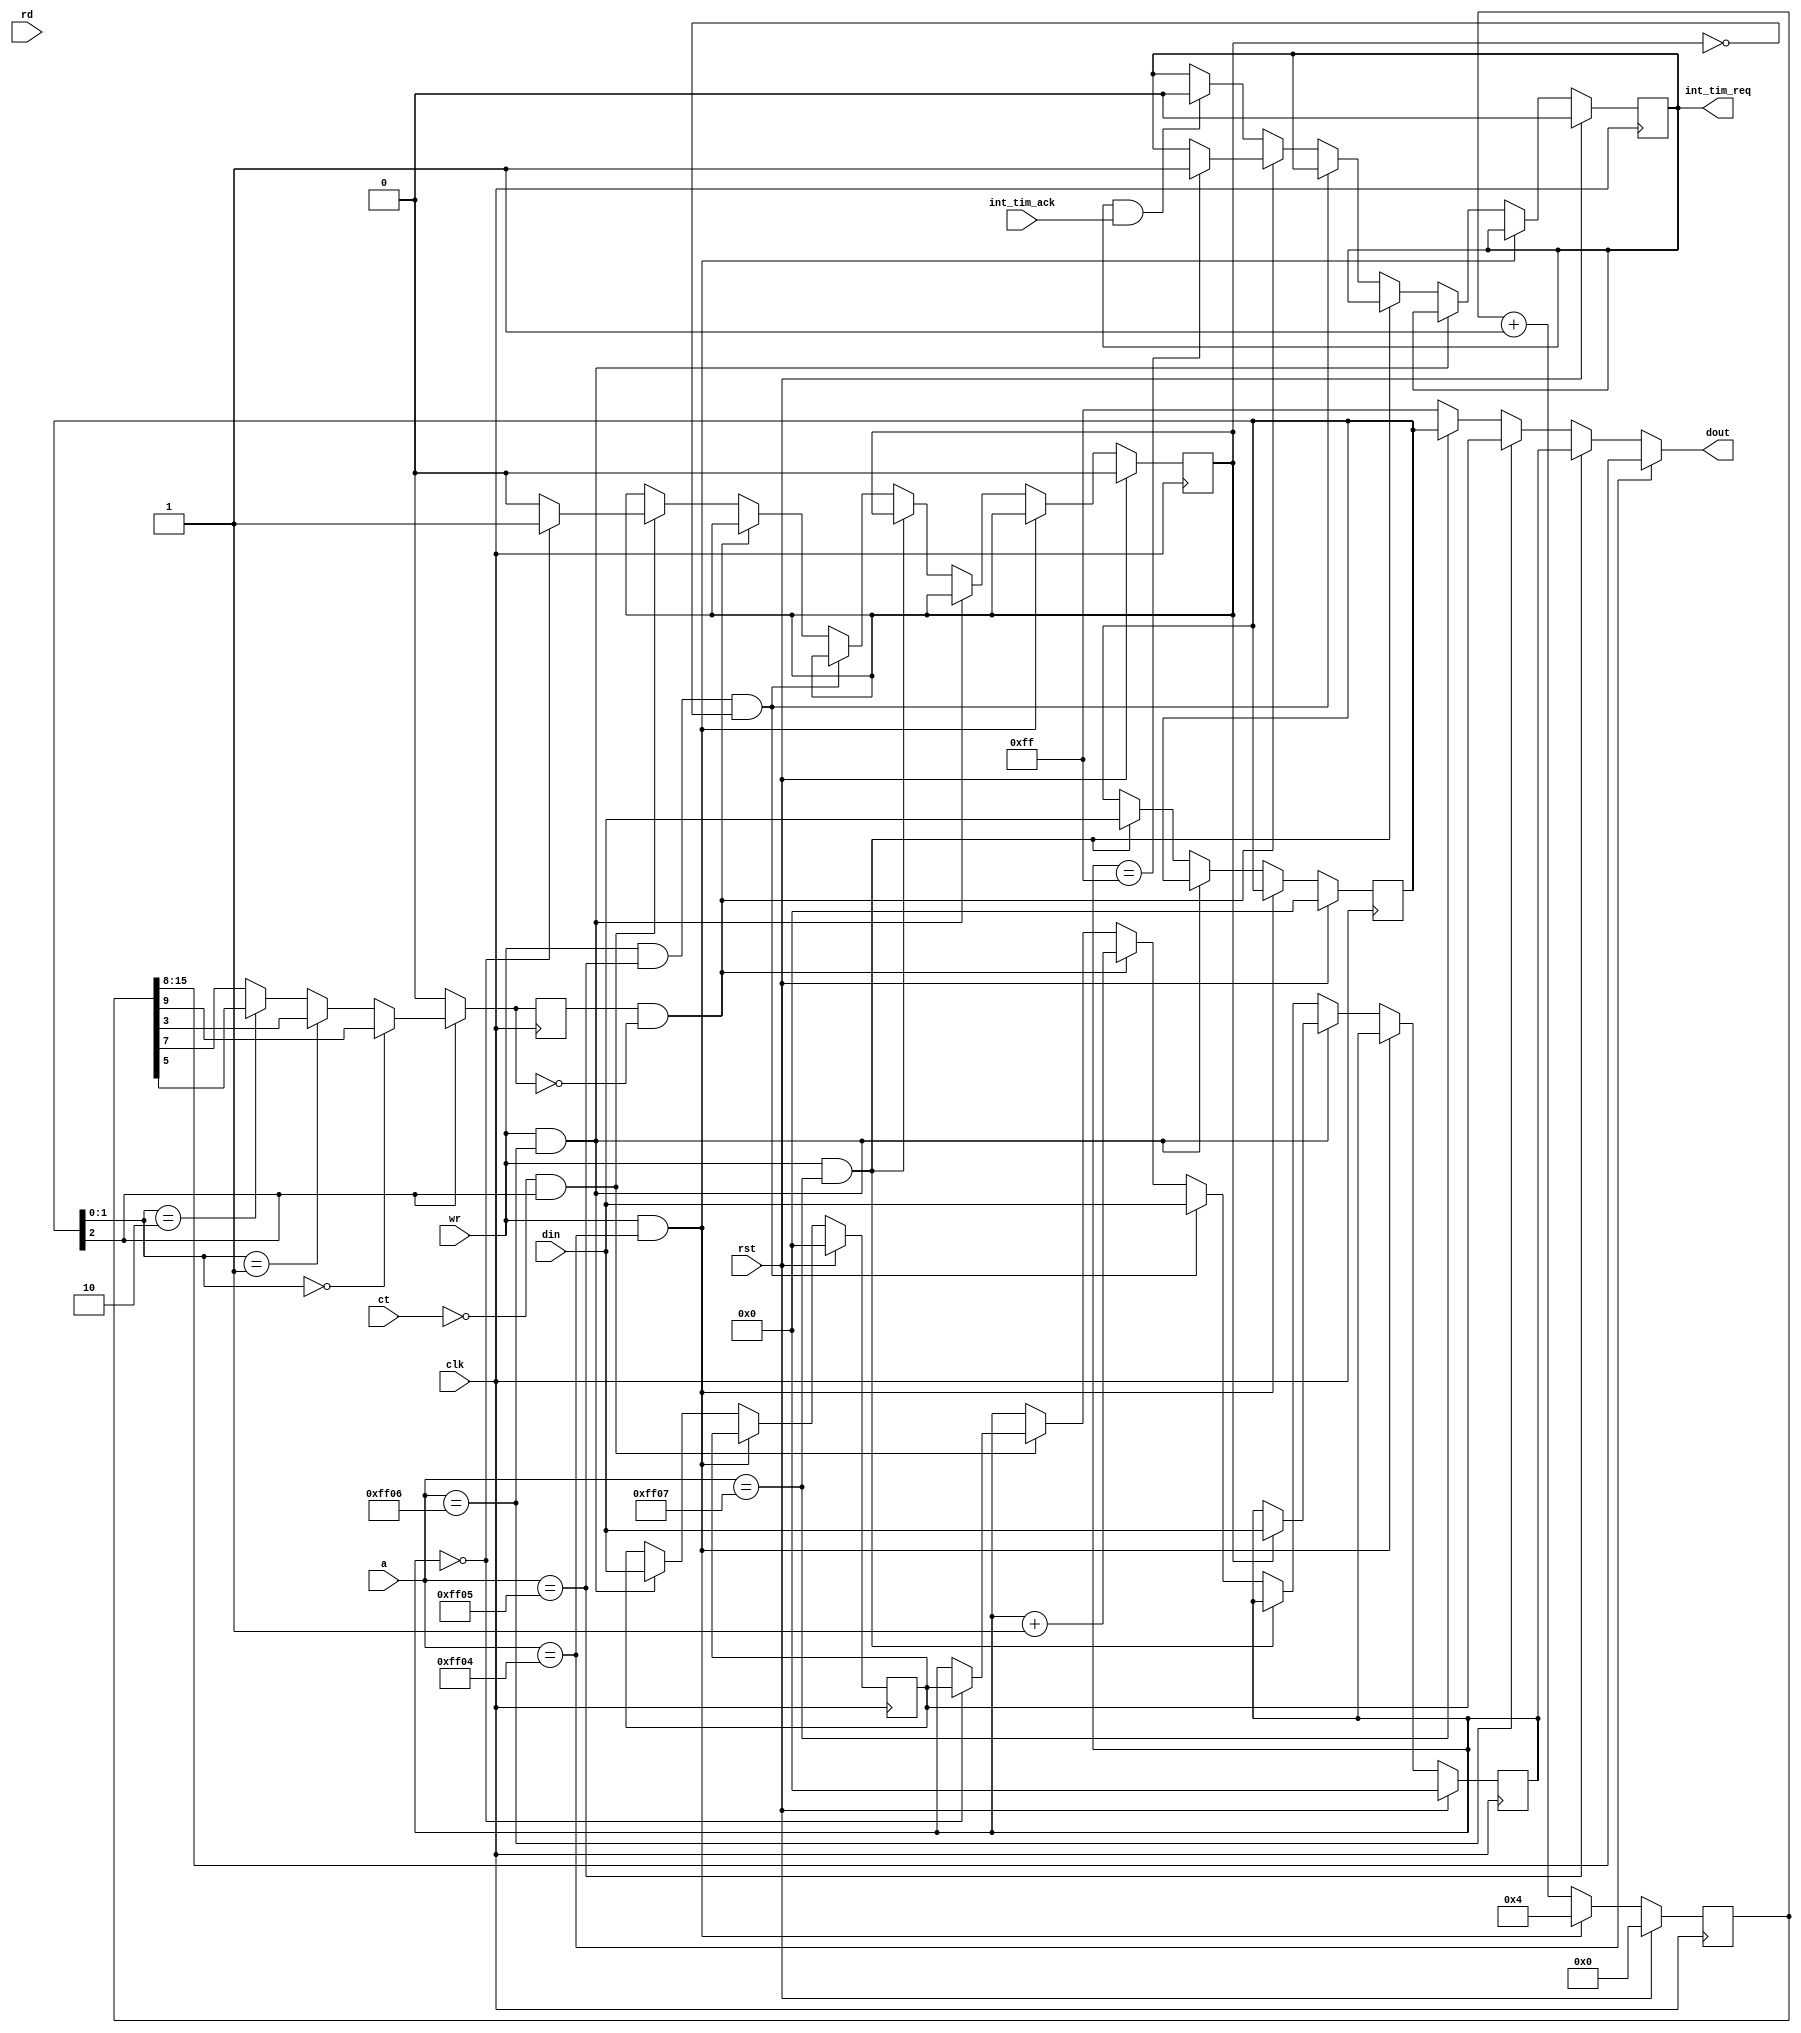
`timescale 1ns / 1ns
//////////////////////////////////////////////////////////////////////////////////
// Company:
//
// Module Name:    timer
// Project Name:   VerilogBoy
// Description:
//   GameBoy internal timer
// Dependencies:
//
// Additional Comments:
//   This should probably run at 1MHz domain, but currently at 4MHz.
//////////////////////////////////////////////////////////////////////////////////
module timer(
    input wire clk,
    input wire [1:0] ct, // certain things can only happen at 1MHz rate
    input wire rst,
    input wire [15:0] a,
    output reg [7:0] dout,
    input wire [7:0] din,
    input wire rd,
    input wire wr,
    output reg int_tim_req,
    input wire int_tim_ack
    );

    wire [7:0] reg_div; // Divider Register
    reg [7:0] reg_tima; // Timer counter
    reg [7:0] reg_tma; // Timer modulo
    reg [7:0] reg_tac; // Timer control

    wire addr_in_timer = ((a == 16'hFF04) ||
                          (a == 16'hFF05) ||
                          (a == 16'hFF06) ||
                          (a == 16'hFF07)) ? 1'b1 : 1'b0;

    reg [15:0] div;

    wire reg_timer_enable = reg_tac[2];
    wire [1:0] reg_clock_sel = reg_tac[1:0];

    assign reg_div[7:0] = div[15:8];
    wire clk_4khz = div[9];
    wire clk_256khz = div[3];
    wire clk_64khz = div[5];
    wire clk_16khz = div[7];
    wire clk_tim;
    assign clk_tim = (reg_timer_enable) ? (
        (reg_clock_sel == 2'b00) ? (clk_4khz) : (
        (reg_clock_sel == 2'b01) ? (clk_256khz) : (
        (reg_clock_sel == 2'b10) ? (clk_64khz) :
                                   (clk_16khz)))) : (1'b0);

    reg last_clk_tim;
    reg write_block;

    // Bus RW
    // Bus RW - Combinational Read
    always @(*)
    begin
        dout = 8'hFF;
        if (a == 16'hFF04) dout = reg_div; else
        if (a == 16'hFF05) dout = reg_tima; else
        if (a == 16'hFF06) dout = reg_tma; else
        if (a == 16'hFF07) dout = reg_tac;
    end

    // Bus RW - Sequential Write
    always @(posedge clk) begin
        last_clk_tim <= clk_tim;
    end

    always @(posedge clk) begin
        if (rst) begin
            //reg_div <= 0;
            reg_tima <= 0;
            reg_tma <= 0;
            reg_tac <= 0;
            div <= 0;
            int_tim_req <= 0;
            write_block <= 0;
        end
        else begin
            div <= div + 1'b1;
            if ((wr) && (a == 16'hFF04)) div <= 4; // compensate 1 cycle delay
            else if ((wr) && (a == 16'hFF06)) begin
                // test acceptance/timer/tma_write_reloading seems to imply
                // that the reloading is done using a latch rather a FF
                // writing to tma in the same cycle will fall through to tima
                // as well.
                reg_tma <= din;
                if (write_block)
                    reg_tima <= din;
            end
            else if ((wr) && (a == 16'hFF07)) reg_tac <= din;
            else if ((wr) && (a == 16'hFF05) && (!write_block)) reg_tima <= din;
            else begin
                if ((last_clk_tim == 1'b1)&&(clk_tim == 1'b0)) begin
                    reg_tima <= reg_tima + 1'b1;
                    if (reg_tima == 8'hFF) begin
                        int_tim_req <= 1'b1; // interrupt doesn't get delayed.
                    end
                end
                else begin
                    if ((int_tim_req)&&(int_tim_ack)) begin
                        int_tim_req <= 1'b0;
                    end
                    if ((ct == 2'b00)&&(reg_timer_enable)) begin
                        if (reg_tima == 8'd0) begin
                            reg_tima <= reg_tma;
                            //int_tim_req <= 1'b1;
                            write_block <= 1'b1;
                        end
                        else begin
                            write_block <= 1'b0;
                        end
                    end
                end
            end
        end
    end

endmodule